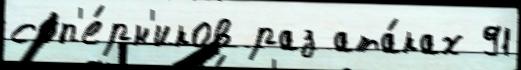
соп'е́рн'иков раз ата́ках 91